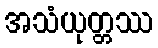
အသံယုတ္တဿ